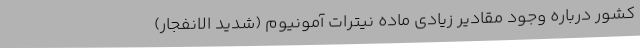
کشور درباره وجود مقادیر زیادی ماده نیترات آمونیوم (شدید الانفجار)